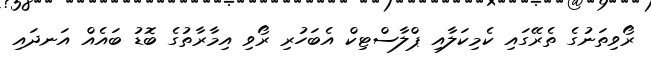
ރޯވިތަނުގެ ތެރޭގައި ކެމިކަލާއި ޕްލާސްޓިކް އެބަހުރި ރޯވި އިމާރާތުގެ ބޮޑު ބައެއް އަނދައި